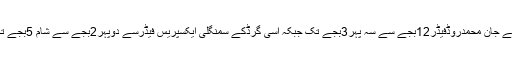
اسی طرح 18نومبرکو سریاب گرڈکے جان محمدروڈفیڈر12بجے سے سہ پہر3بجے تک جبکہ اسی گرڈکے سمنگلی ایکسپریس فیڈرسے دوپہر2بجے سے شام 5بجے تک بجلی کی فراہمی معطل رہے گی۔